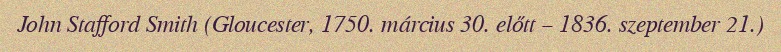
John Stafford Smith (Gloucester, 1750. március 30. előtt – 1836. szeptember 21.)